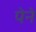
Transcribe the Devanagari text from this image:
पेने